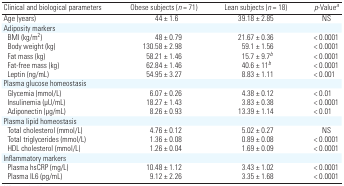
<table><thead><tr><td><b>Clinical and biological parameters</b></td><td><b>Obese subjects (<i>n</i> = 71)</b></td><td><b>Lean subjects (<i>n</i> = 18)</b></td><td><b><i>p</i>-Valuea</b></td></tr></thead><tbody><tr><td>Age (years)</td><td>44 ± 1.6</td><td>39.18 ± 2.85</td><td>NS</td></tr><tr><td colspan="4">Adiposity markers</td></tr><tr><td> BMI (kg/m<sup>2</sup>)</td><td>48 ± 0.79</td><td>21.67 ± 0.36</td><td>&lt; 0.0001</td></tr><tr><td> Body weight (kg)</td><td>130.58 ± 2.98</td><td>59.1 ± 1.56</td><td>&lt; 0.0001</td></tr><tr><td> Fat mass (kg)</td><td>58.21 ± 1.46</td><td>15.7 ± 9.7b</td><td>&lt; 0.0001</td></tr><tr><td> Fat-free mass (kg)</td><td>62.84 ± 1.46</td><td>40.6 ± 11b</td><td>&lt; 0.0001</td></tr><tr><td> Leptin (ng/mL)</td><td>54.95 ± 3.27</td><td>8.83 ± 1.11</td><td>&lt; 0.001</td></tr><tr><td colspan="4">Plasma glucose homeostasis</td></tr><tr><td> Glycemia (mmol/L)</td><td>6.07 ± 0.26</td><td>4.38 ± 0.12</td><td>&lt; 0.01</td></tr><tr><td> Insulinemia (μU/mL)</td><td>18.27 ± 1.43</td><td>3.83 ± 0.38</td><td>&lt; 0.0001</td></tr><tr><td> Adiponectin (μg/mL)</td><td>8.26 ± 0.93</td><td>13.39 ± 1.14</td><td>&lt; 0.01</td></tr><tr><td colspan="4">Plasma lipid homeostasis</td></tr><tr><td> Total cholesterol (mmol/L)</td><td>4.76 ± 0.12</td><td>5.02 ± 0.27</td><td>NS</td></tr><tr><td> Total triglycerides (mmol/L)</td><td>1.36 ± 0.08</td><td>0.89 ± 0.08</td><td>&lt; 0.0001</td></tr><tr><td> HDL cholesterol (mmol/L)</td><td>1.26 ± 0.04</td><td>1.69 ± 0.09</td><td>&lt; 0.0001</td></tr><tr><td colspan="4">Inflammatory markers</td></tr><tr><td> Plasma hsCRP (mg/L)</td><td>10.48 ± 1.12</td><td>3.43 ± 1.02</td><td>&lt; 0.0001</td></tr><tr><td> Plasma IL6 (pg/mL)</td><td>9.12 ± 2.26</td><td>3.35 ± 1.68</td><td>&lt; 0.0001</td></tr></tbody></table>